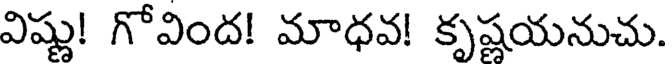
విష్ణు! గోవింద! మాధవ! కృష్ణయనుచు.